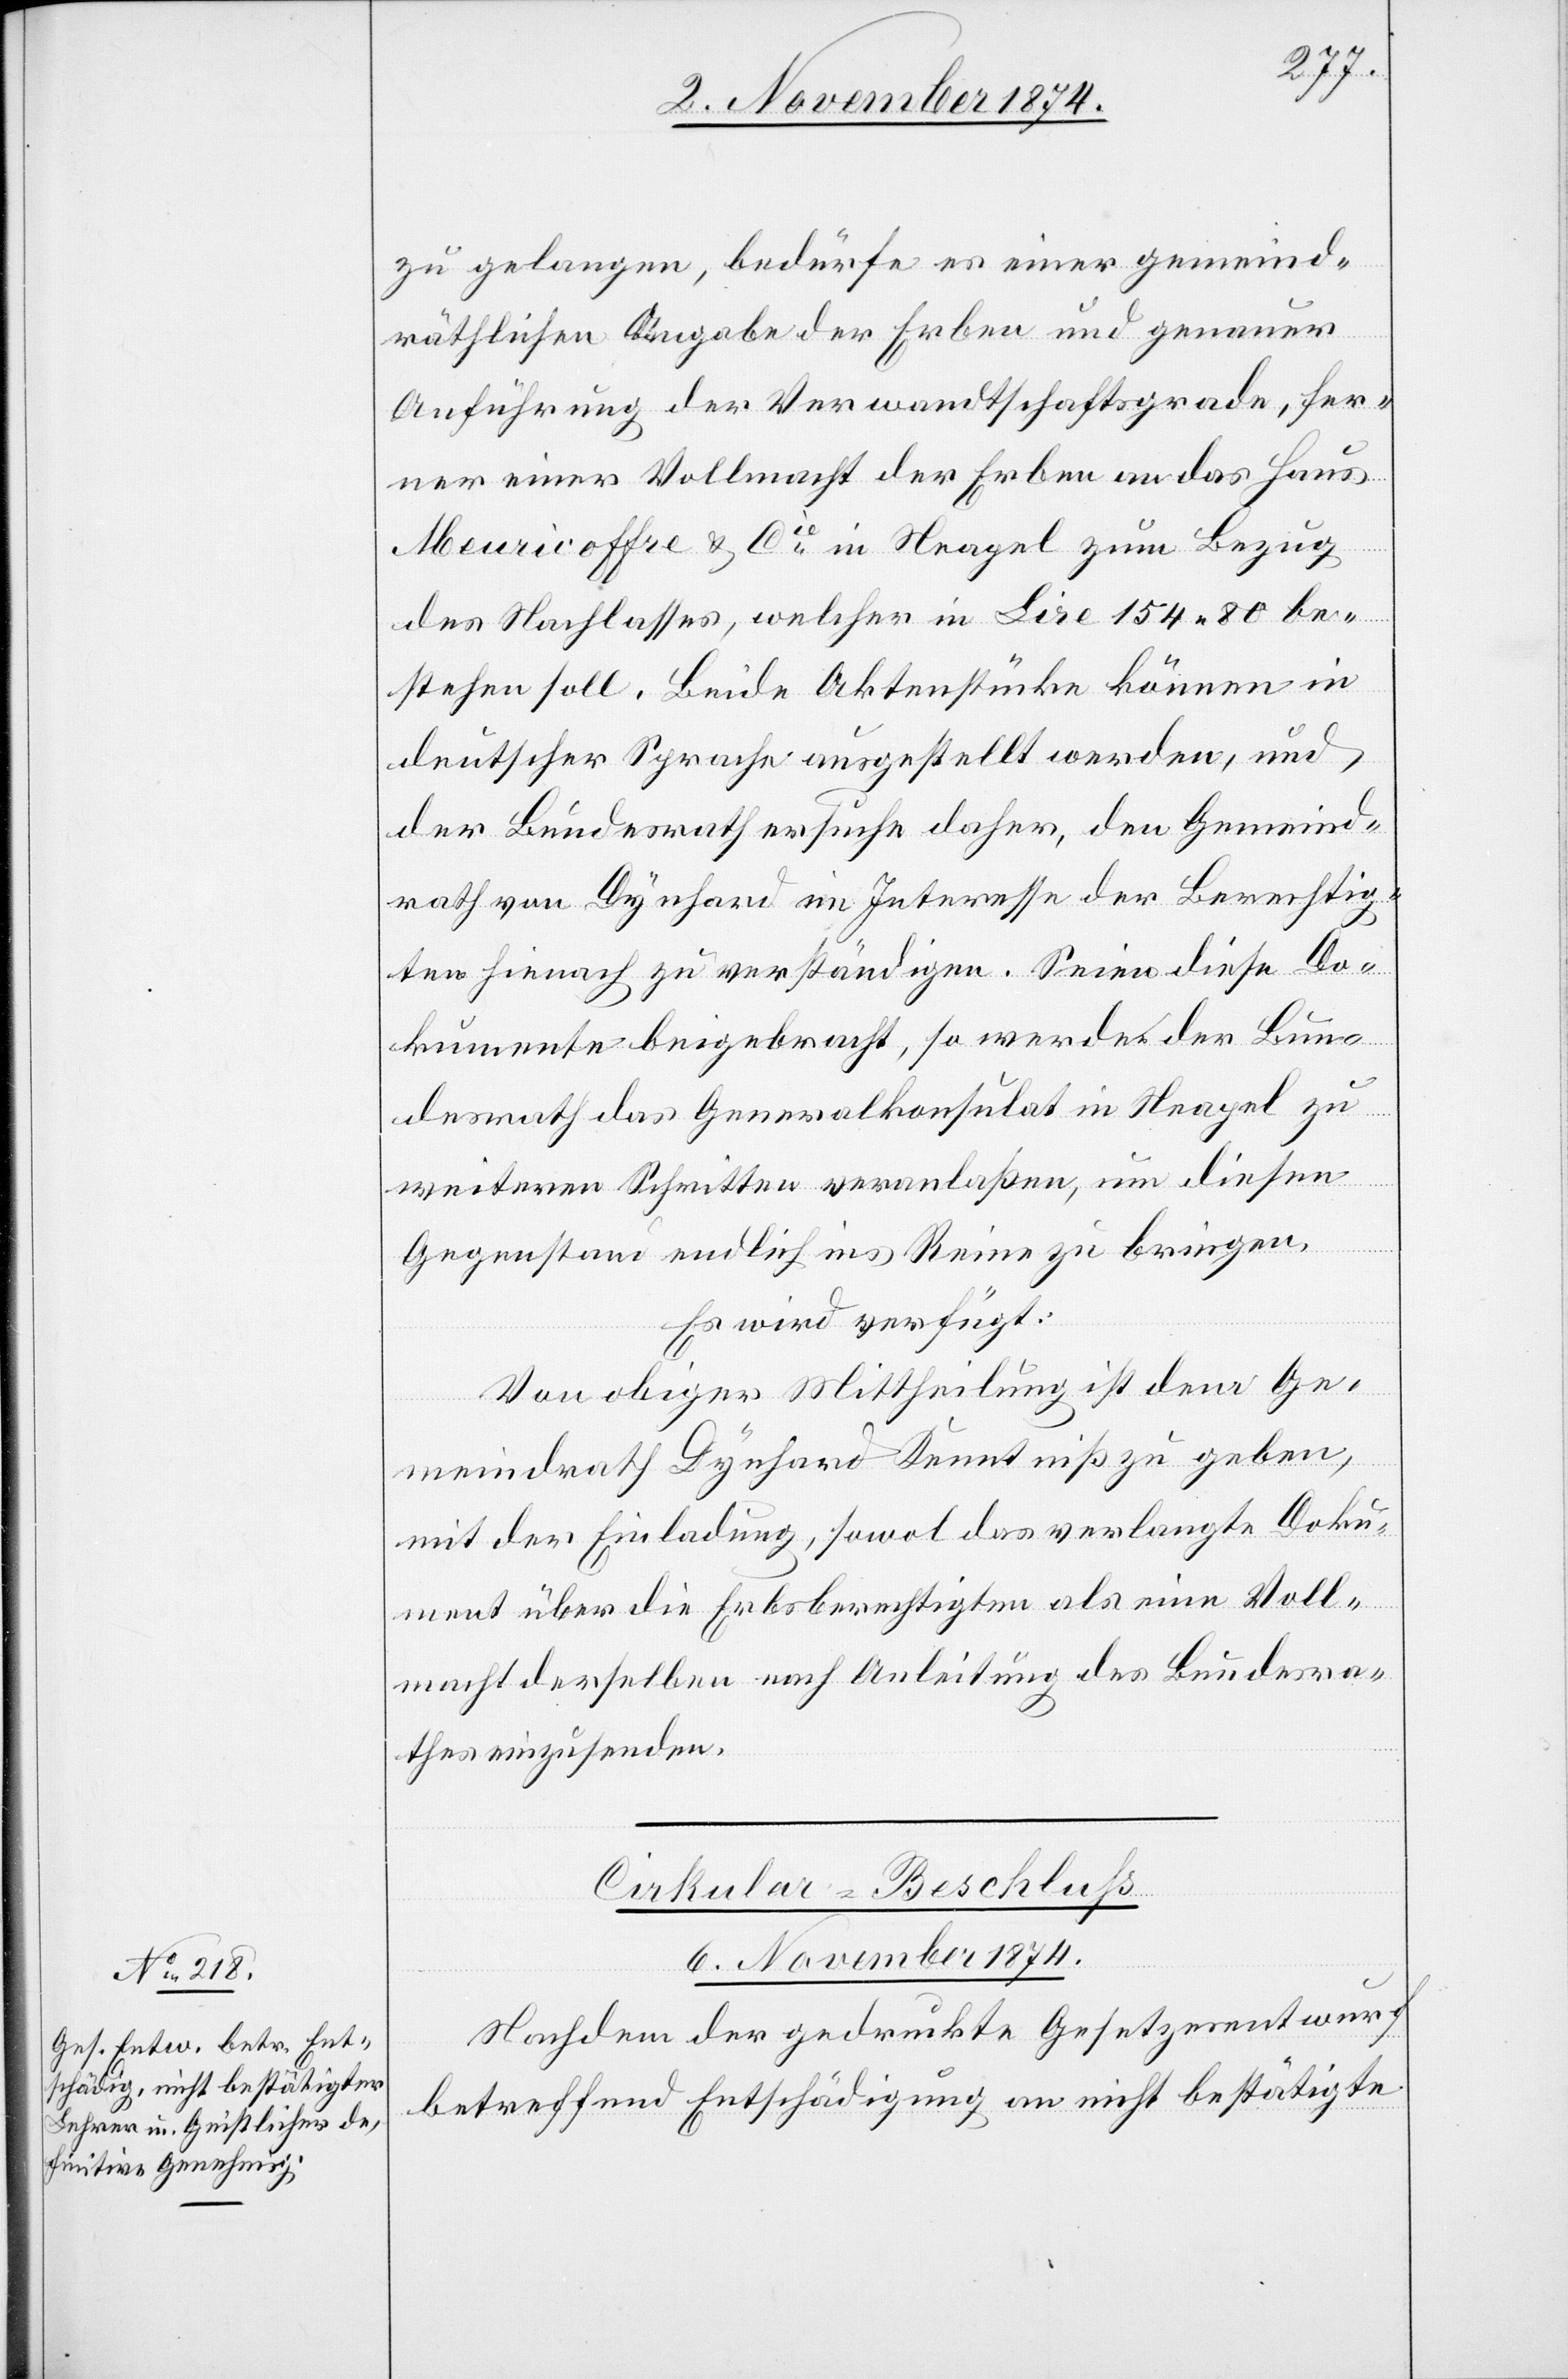
zu gelangen, bedürfe es einer gemeind¬
räthlichen Angabe der Erben und genauer
Anführung der Verwandtschaftsgrade, fer¬
ner einer Vollmacht der Erben an das Haus
Meuricoffre & Cie in Neapel zum Bezug
des Nachlasses, welcher in Lire 154.80 be¬
stehen soll. Beide Aktenstücke können in
deutscher Sprache ausgestellt werden, und
der Bundesrath ersuche daher, den Gemeind¬
rath von Dynhard im Interesse der Berechtig¬
ten hienach zu verständigen. Seien diese Do¬
kumente beigebracht, so werde der Bun¬
desrath das Generalkonsulat in Neapel zu
weiteren Schritten veranlaßen, um diesen
Gegenstand endlich ins Reine zu bringen.
Es wird verfügt:
Von obiger Mittheilung ist dem Ge¬
meindrath Dynhard Kenntniß zu geben,
mit der Einladung, sowol das verlangte Doku¬
ment über die Erbsberechtigten als eine Voll¬
macht derselben nach Anleitung des Bundesra¬
thes einzusenden.
Cirkular-Beschluß
6. November 1874.
Nachdem der gedruckte Gesetzesentwurf
betreffend Entschädigung an nicht bestätigte